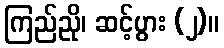
ကြည်ညို၊ ဆင့်ပွား (၂)။